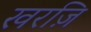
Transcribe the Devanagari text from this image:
खरज़ि